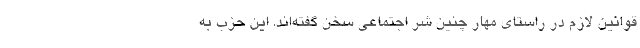
قوانین لازم در راستای مهار چنین شر اجتماعی سخن گفته‌اند. این حزب به